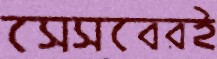
সেসবেরই